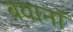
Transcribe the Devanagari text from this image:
बयानॉ